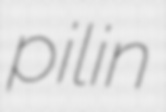
pilin